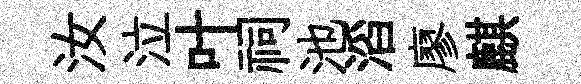
汝泣叶祠池滔廖麒